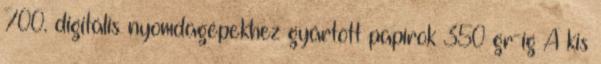
700. digitális nyomdagépekhez gyártott papírok 350 gr-ig A kis